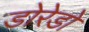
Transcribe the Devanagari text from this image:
डोरेडो